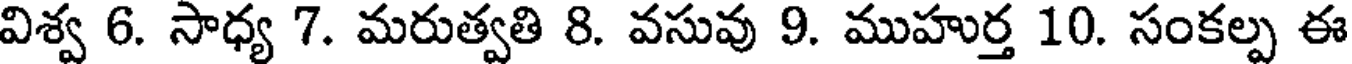
విశ్వ 6. సాధ్య 7. మరుత్వతి 8. వసువు 9. ముహుర్త 10. సంకల్ప ఈ